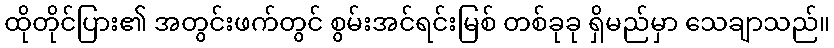
ထိုတိုင်ပြား၏ အတွင်းဖက်တွင် စွမ်းအင်ရင်းမြစ် တစ်ခုခု ရှိမည်မှာ သေချာသည်။